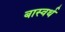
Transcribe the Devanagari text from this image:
बास्वर्थ